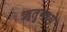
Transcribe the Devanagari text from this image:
ॠतुमध्ये